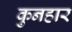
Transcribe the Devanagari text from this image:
कुनहार